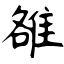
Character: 雒